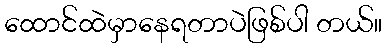
ထောင်ထဲမှာနေရတာပဲဖြစ်ပါ တယ်။